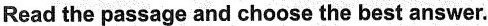
Read the passage and choose the best answer.